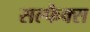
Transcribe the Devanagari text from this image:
सल्फैक्स